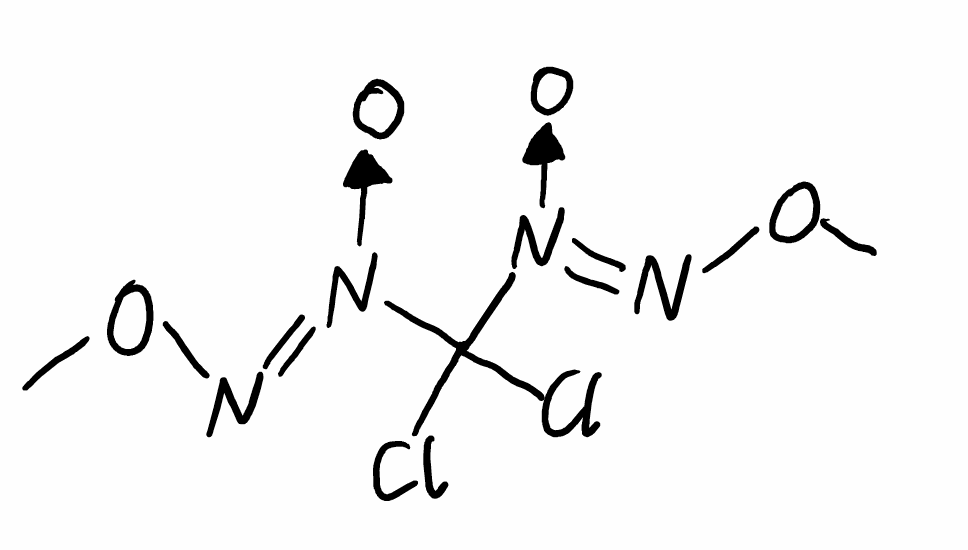
Simplified molecular-input line-entry system (SMILES) notation of the given molecule:
CON=[N+](C([N+](=NOC)[O-])(Cl)Cl)[O-]